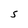
Character: 5